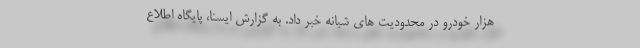
هزار خودرو در محدودیت های شبانه خبر داد. به گزارش ایسنا، پایگاه اطلاع